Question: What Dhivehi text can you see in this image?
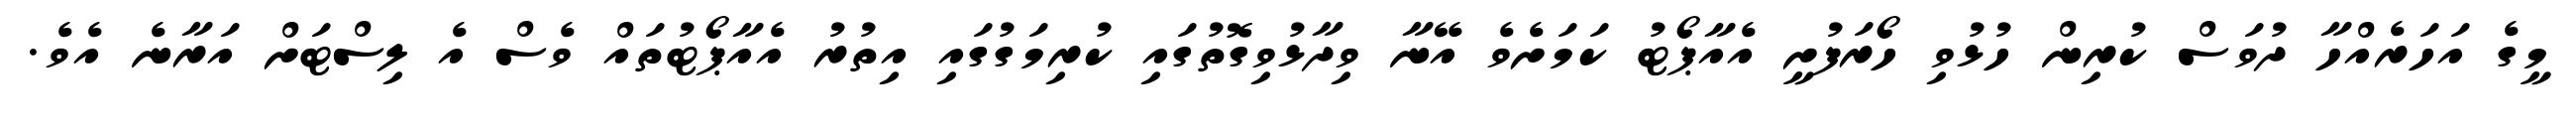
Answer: މީގެ އަހަރެއްހާ ދުވަސް ކުރިން ހުޅުވި ހޯރަފުށީ އެއާޕޯޓު ކަމަށެވެ އޭނާ ވިދާޅުވިގޮތުގައި ކުރިމަގުގައި އިތުރު އެއާޕޯޓުތައް ވެސް އެ ލިސްޓަށް އަރާނެ އެވެ.